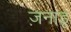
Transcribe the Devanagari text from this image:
ज़नाडू